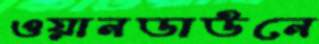
ওয়ানডাউনে